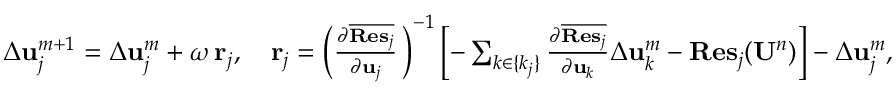
\begin{array} { r } { \Delta { \bf u } _ { j } ^ { m + 1 } = \Delta { \bf u } _ { j } ^ { m } + \omega \, { \bf r } _ { j } , \quad { \bf r } _ { j } = \left( \frac { \partial \overline { { { \bf { R e s } } _ { j } } } } { \partial { \bf u } _ { j } } \, \right) ^ { - 1 } \left[ - \sum _ { k \in \{ k _ { j } \} } \frac { \partial \overline { { { \bf { R e s } } _ { j } } } } { \partial { \bf u } _ { k } } \Delta { \bf u } _ { k } ^ { m } - { \bf R e s } _ { j } ( { \bf U } ^ { n } ) \right] - \Delta { \bf u } _ { j } ^ { m } , } \end{array}